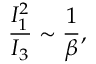
\frac { I _ { 1 } ^ { 2 } } { I _ { 3 } } \sim \frac { 1 } { \beta } ,